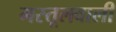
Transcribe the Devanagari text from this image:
मस्तूलवाली